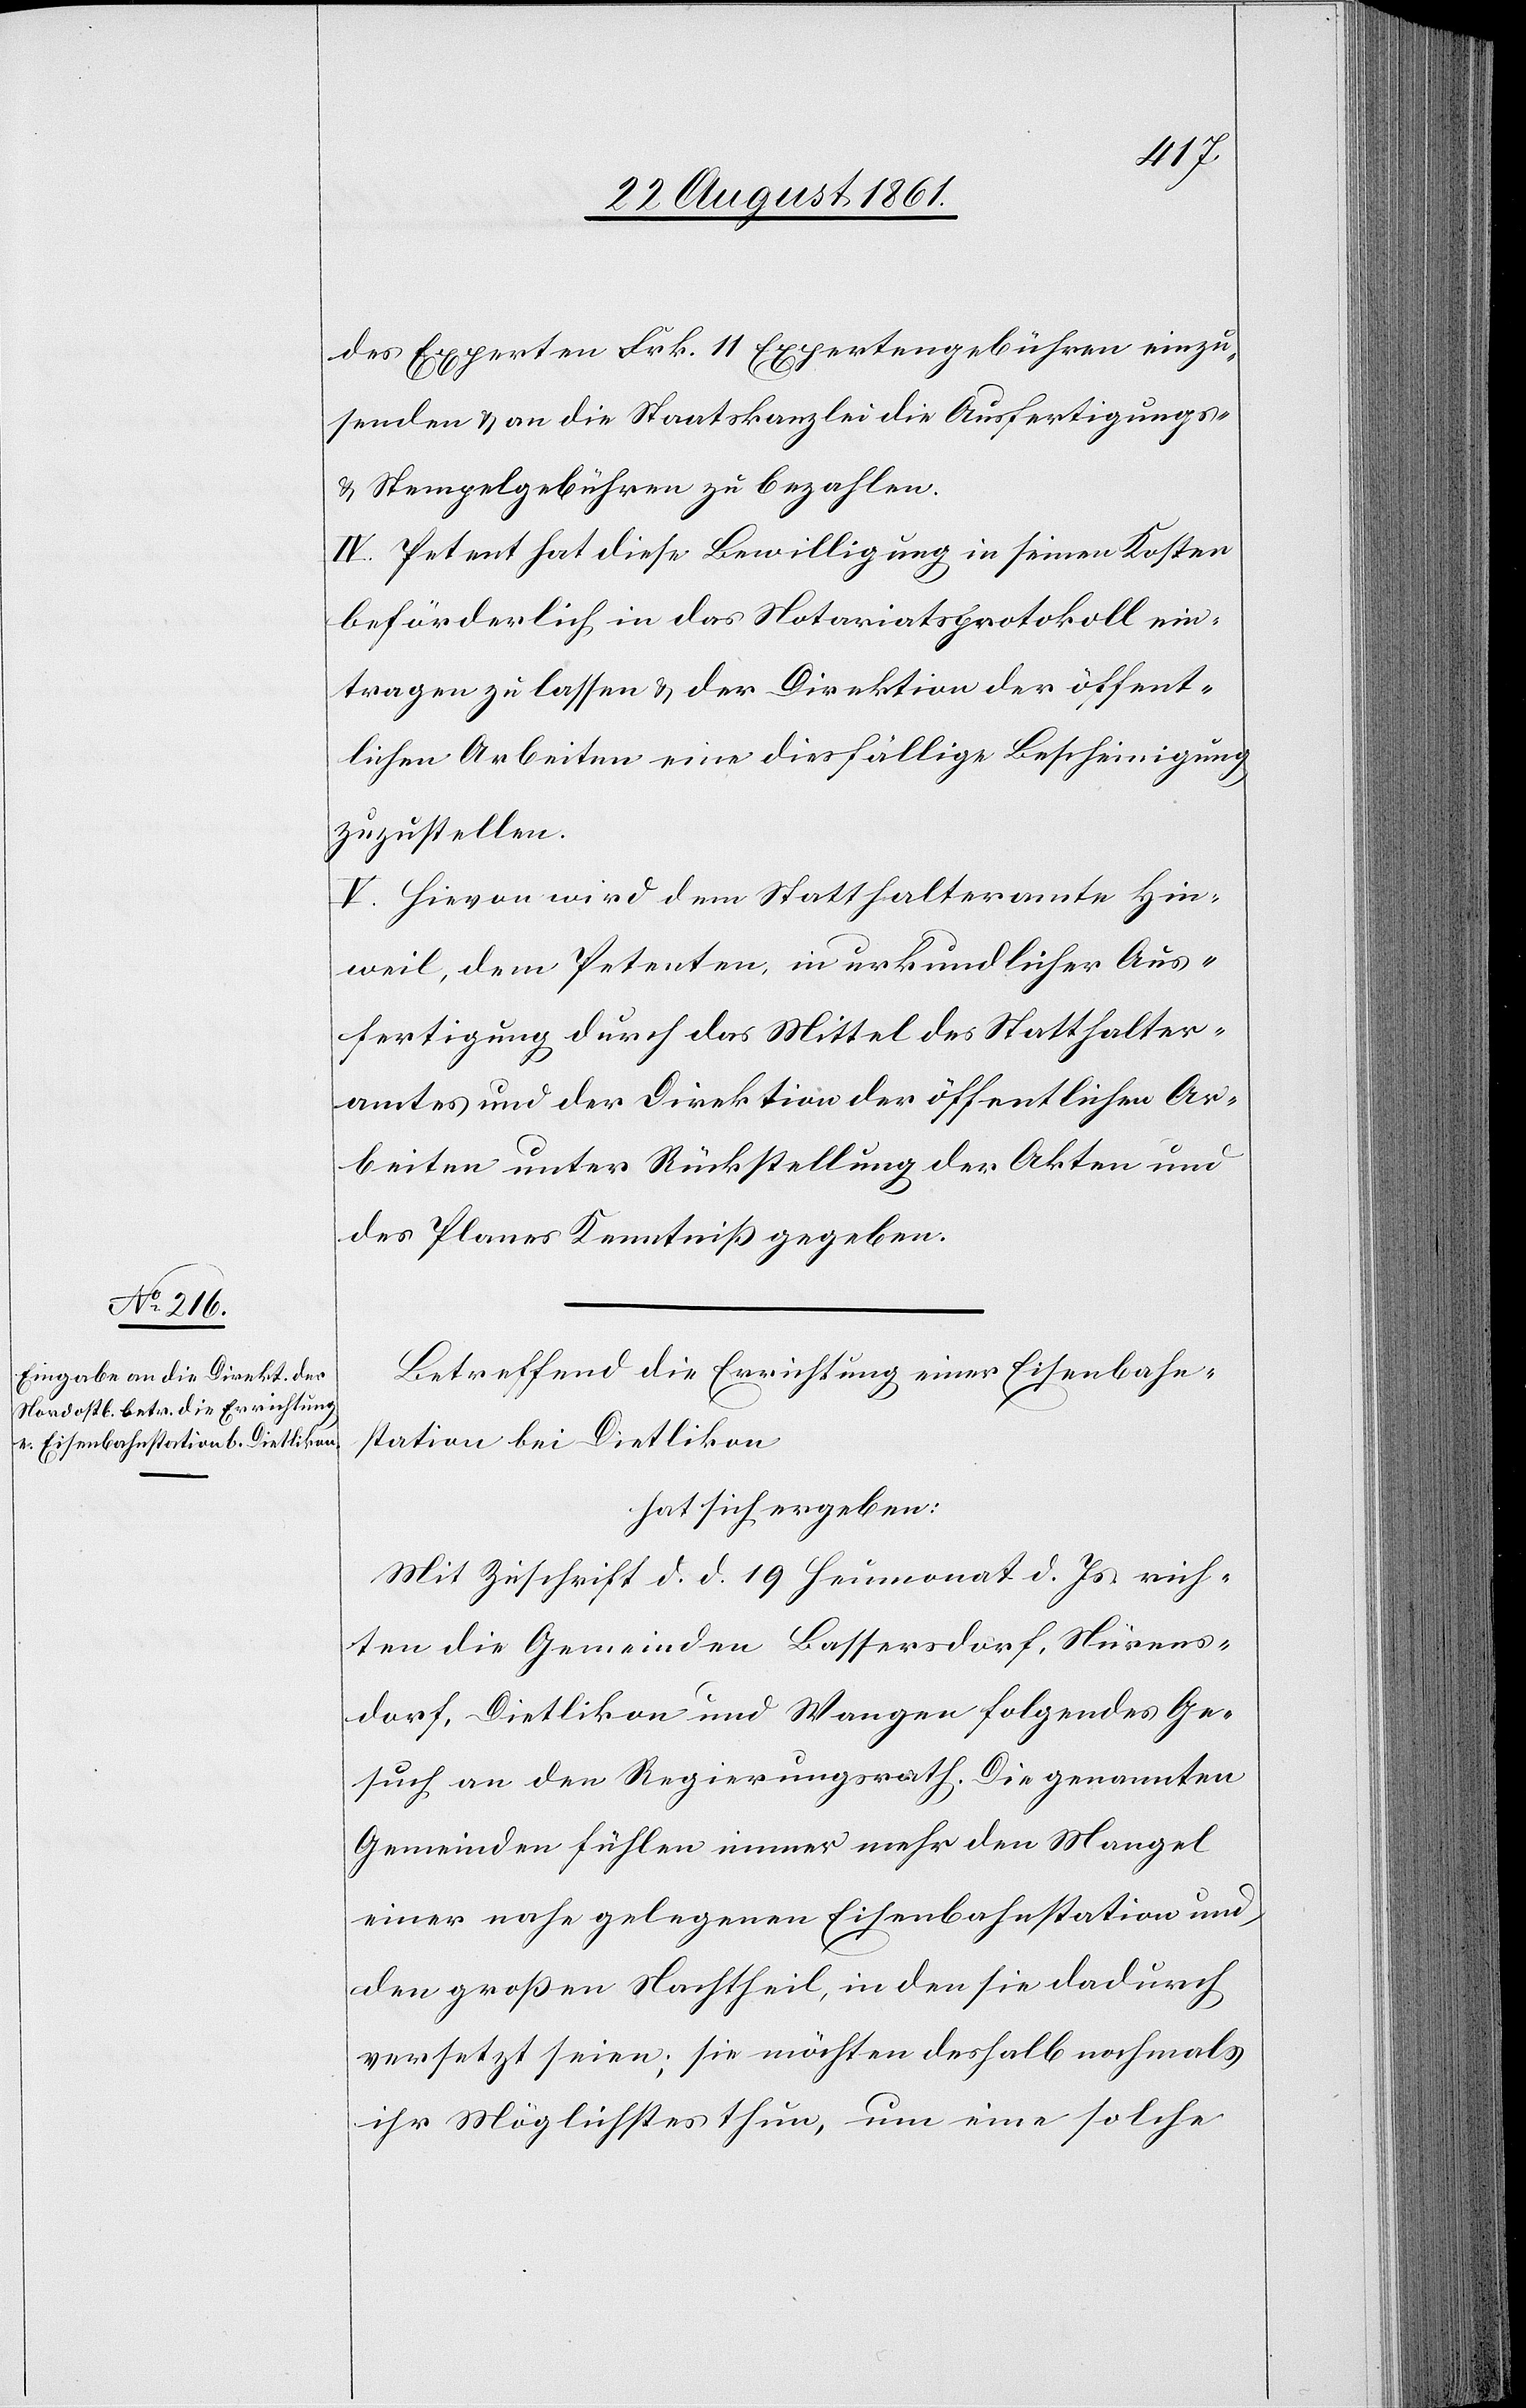
des Experten Frk. 11 Expertengebühren einzu¬
senden u. an die Staatskanzlei die Ausfertigungs-
u. Stempelgebühren zu bezahlen.
IV. Petent hat diese Bewilligung in seinen Kosten
beförderlich in das Notariatsprotokoll ein¬
tragen zu lassen u. der Direktion der öffent¬
lichen Arbeiten eine diesfällige Bescheinigung
zuzustellen.
V. Hievon wird dem Statthalteramte Hin¬
weil, dem Petenten, in urkundlicher Aus¬
fertigung durch das Mittel des Statthalter¬
amtes und der Direktion der öffentlichen Ar¬
beiten unter Rückstellung der Akten und
des Planes Kenntniß gegeben.
Betreffend die Errichtung einer Eisenbahn¬
station bei Dietlikon
hat sich ergeben:
Mit Zuschrift d. d. 19 Heumonat d. Js. rich¬
ten die Gemeinden Bassersdorf, Nürens¬
dorf, Dietlikon und Wangen folgendes Ge¬
such an den Regierungsrath. Die genannten
Gemeinden fühlen immer mehr den Mangel
einer nahe gelegenen Eisenbahnstation und,
den großen Nachtheil, in den sie dadurch
versetzt seien; sie möchten deshalb nochmals
ihr Möglichstes thun, um eine solche